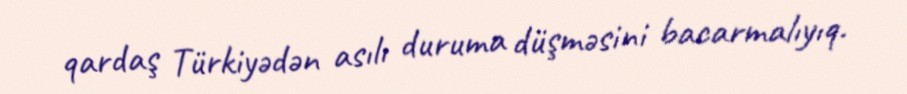
qardaş Türkiyədən asılı duruma düşməsini bacarmalıyıq.